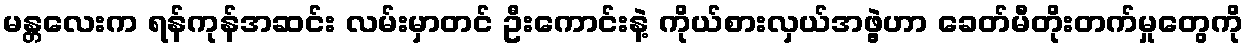
မန္တလေးက ရန်ကုန်အဆင်း လမ်းမှာတင် ဦးကောင်းနဲ့ ကိုယ်စားလှယ်အဖွဲ့ဟာ ခေတ်မီတိုးတက်မှုတွေကို